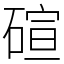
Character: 碹